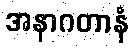
အနာဂတာနံ